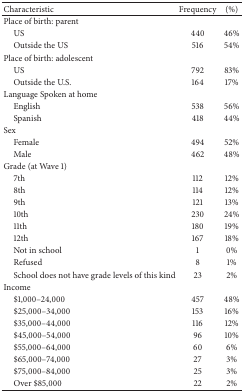
<table><thead><tr><td><b>Characteristic</b></td><td><b>Frequency</b></td><td><b>(%)</b></td></tr></thead><tbody><tr><td>Place of birth: parent </td><td> </td><td> </td></tr><tr><td> US</td><td>440</td><td>46%</td></tr><tr><td> Outside the US</td><td>516</td><td>54%</td></tr><tr><td>Place of birth: adolescent</td><td> </td><td> </td></tr><tr><td> US</td><td>792</td><td>83%</td></tr><tr><td> Outside the U.S.</td><td>164</td><td>17%</td></tr><tr><td>Language Spoken at home</td><td> </td><td> </td></tr><tr><td> English</td><td>538</td><td>56%</td></tr><tr><td> Spanish</td><td>418</td><td>44%</td></tr><tr><td>Sex</td><td> </td><td> </td></tr><tr><td> Female</td><td>494</td><td>52%</td></tr><tr><td> Male</td><td>462</td><td>48%</td></tr><tr><td>Grade (at Wave 1)</td><td> </td><td> </td></tr><tr><td> 7th</td><td>112</td><td>12%</td></tr><tr><td> 8th</td><td>114</td><td>12%</td></tr><tr><td> 9th</td><td>121</td><td>13%</td></tr><tr><td> 10th</td><td>230</td><td>24%</td></tr><tr><td> 11th</td><td>180</td><td>19%</td></tr><tr><td> 12th</td><td>167</td><td>18%</td></tr><tr><td> Not in school</td><td>1</td><td>0%</td></tr><tr><td> Refused</td><td>8</td><td>1%</td></tr><tr><td> School does not have grade levels of this kind</td><td>23</td><td>2%</td></tr><tr><td>Income</td><td> </td><td> </td></tr><tr><td> $1,000–24,000</td><td>457</td><td>48%</td></tr><tr><td> $25,000–34,000</td><td>153</td><td>16%</td></tr><tr><td> $35,000–44,000</td><td>116</td><td>12%</td></tr><tr><td> $45,000–54,000</td><td>96</td><td>10%</td></tr><tr><td> $55,000–64,000</td><td>60</td><td>6%</td></tr><tr><td> $65,000–74,000</td><td>27</td><td>3%</td></tr><tr><td> $75,000–84,000</td><td>25</td><td>3%</td></tr><tr><td> Over $85,000</td><td>22</td><td>2%</td></tr></tbody></table>